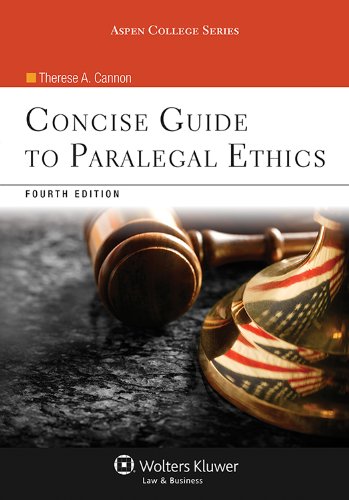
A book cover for Concise Guide To Paralegal Ethics, (with Aspen Video Series: Lessons in Ethics), Fourth Edition (Aspen College Series); Therese A. Cannon; Law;